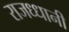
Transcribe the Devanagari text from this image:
राजध्धानी